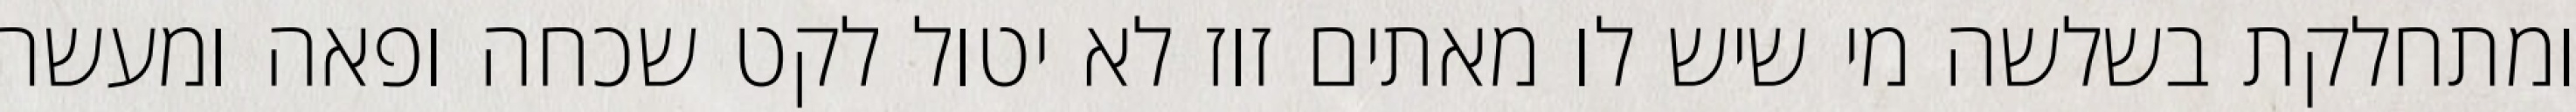
ומתחלקת בשלשה מי שיש לו מאתים זוז לא יטול לקט שכחה ופאה ומעשר